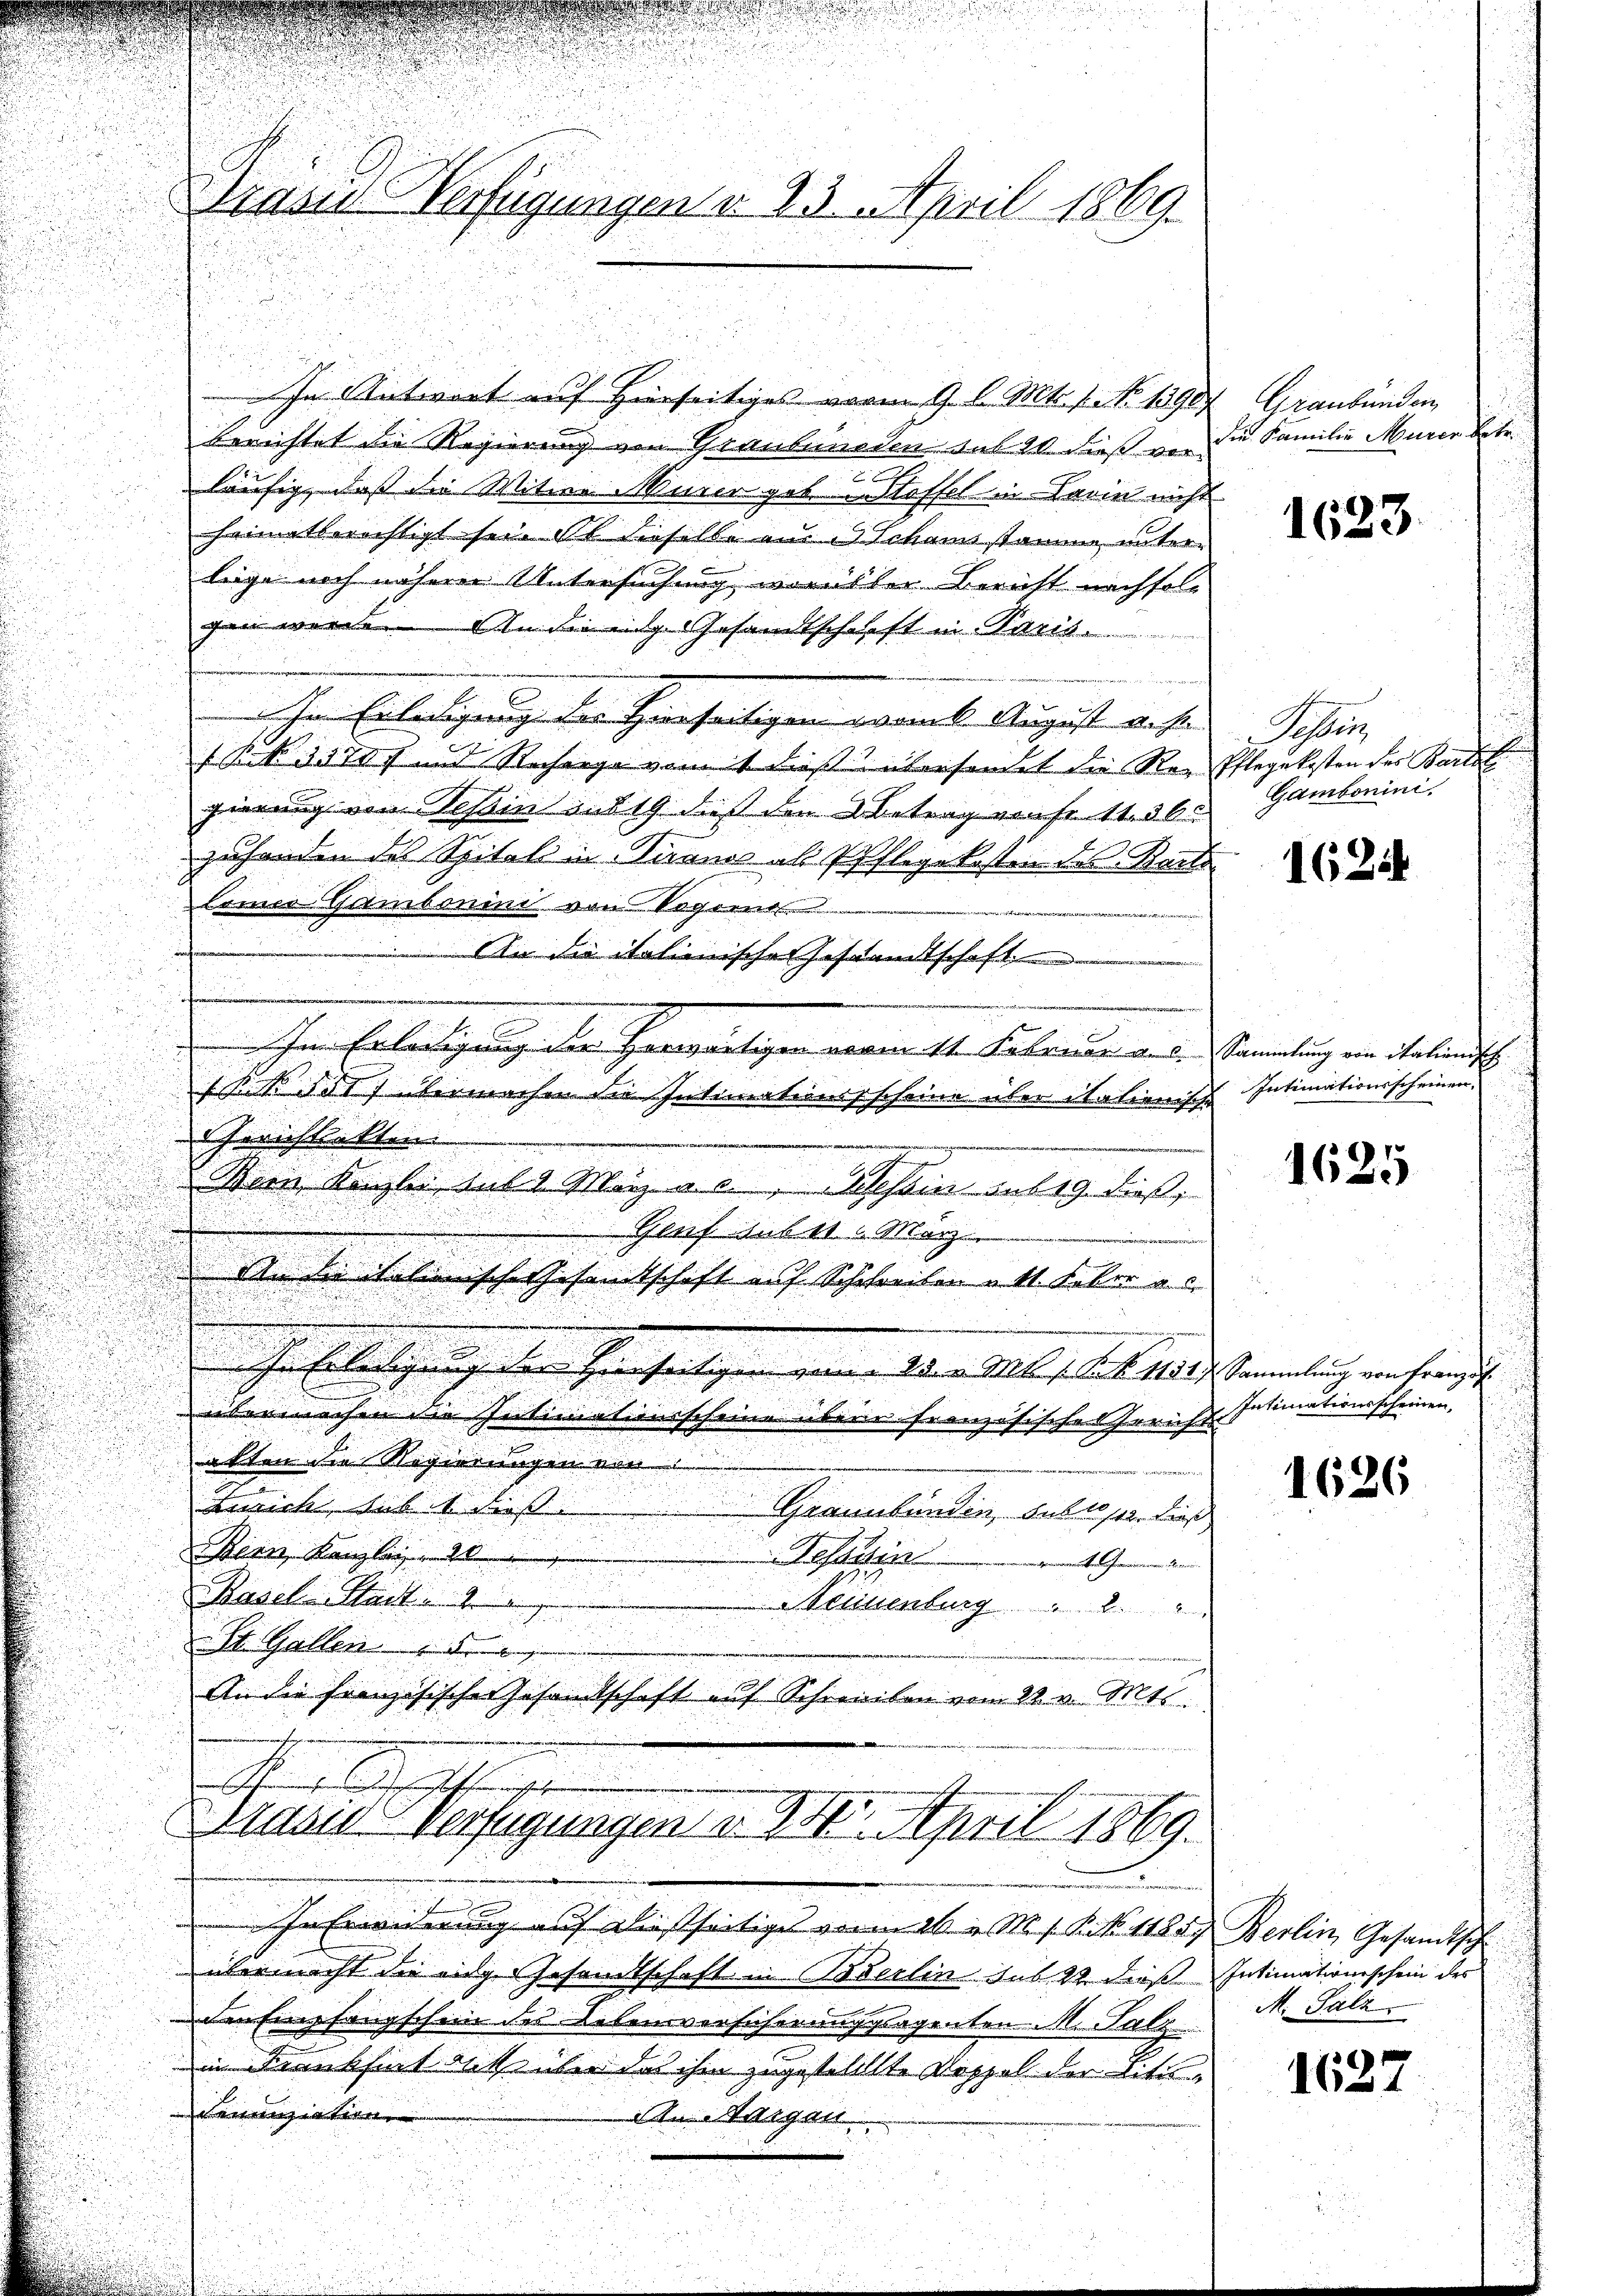
u
berichtet die Regierung von Graubünden sub 20 dieß vorc
läufig, daß die Witwe Mürer gab intoffes in Darin nicht
heimatberechtigt sei. Il dieselbe aus Schamstand unterlege noch näherer Untersuchung vorster Bericht nachfols
gen werden Ander mit Gesandtschaft in Paris.
d
s
.
hen Erledigung der Herrseitigen damit August anse
 Bek. 3570 f und Rechange womit dieß übersendet die Reg
gierung von Tessin ius 19 dies den Betrag von 11. 36
zuhanden des Spital in Piano als Pflegekosten des Bart
lomico Gambonini von Segent
i
An die italienischen Gesandtschaft
Im Erledigung der Herwärtigen verin 11. Februar aus Stammlung ein italienisch
ssit dit 7 übermachen die Intimationssscheine über italienische Intimationsscheinen,
Gerichtakten
Wien Kanzlei suls Merz a. a. Tessin anberg diese
Gauf sub 11 März
An die italionische Gesandtschaft auf Schreiben u. 11. Feber a
u
Hasleischenge den hinseitigen genen der Welt hat des Stammlung versinget
übermachen die Intimationsscheine über französischen Gericht
alten die Regierungen von
Zürich habe dies
Graubündenen Falles seien dieß
Bern, Kanzle
Desadin
n .....
Basel Staat
 Kleinenburg " 22
St. Gallen
An die französische Gesandtschaft auf Schreiben vom 22. v. Mts.
denen sichtungen
Nasio verfügungen d. 28. April 1869.
In Erwiderung auf Diesseitiges von 26 v. M. s. S. 1188. Berlin Gesandtsch
übernicht die eige Gesandtschaft in Berlin sus 22 dieß Intimationsschein des
den Empfangschein des Lebensversicherung gegenten M. Palz
in Frankheit detenter das ihm zugestellte Doppel der Litu¬
Leunziation
An Weigen
n

.

Präses Verfügungen d. 23. April 1869.

In Antwort auf Hierseitiges vom 9. l. Mts. 1. No. 1390

Graubünden
die Familie Maurer Betr.

1623.

Schler
Pflegekosten der Bartet
Gambonini.

1624

1625

Intimationsscheinen.

1626

M. Salz

1627